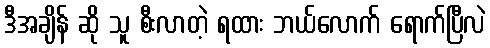
ဒီအချိန် ဆို သူ စီးလာတဲ့ ရထား ဘယ်လောက် ရောက်ပြီလဲ